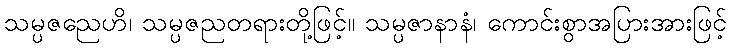
သမ္ပဇညေဟိ၊ သမ္ပဇညတရားတို့ဖြင့်။ သမ္ပဇာနာနံ၊ ကောင်းစွာအပြားအားဖြင့်